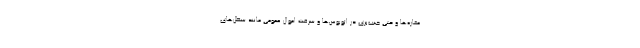
مغازه‌ها و حتی جیب‌بری در اتوبوس‌ها و سرقت اموال عمومی مانند سطل‌های